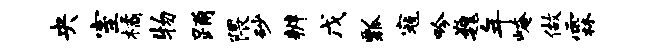
央室橘物踊隈砂辨戊瓢寇吟巍年崦做霖